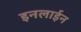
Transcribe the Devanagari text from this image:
इनलाईन